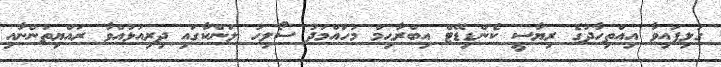
ގުޅިފައިވާ އިއްތިހާދުގެ ރިޔާސީ ކެންޑިޑޭޓް އިބްރާޙިމް މުހައްމަދު ސޯލިހު ލަންކާގައި ދިރިއުޅުއްވާ ރައްޔިތުންނާއި